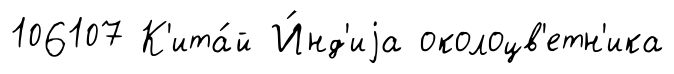
106107 К'ита́й И́нд'иjа околоцв'етн'ика